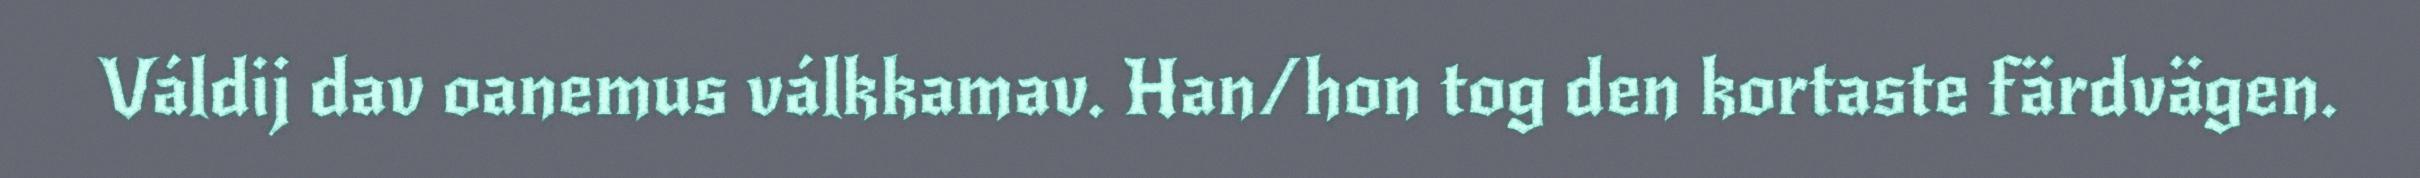
Váldij dav oanemus válkkamav. Han/hon tog den kortaste färdvägen.